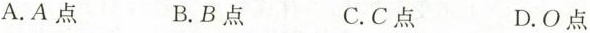
A.A点 B.B点 C.C点 D.O点